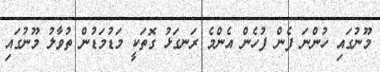
މޫނުގައި ހުންނަ ފެން ފުހެން އެންމެ ރަނގަޅު ގޮތަކީ މަޑުމަޑުން ތުވާލު މޫނުގައި